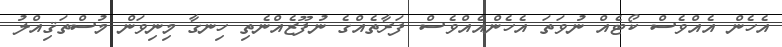
އެހެން އެއްވެސް ކޯޓެއް ނުވަތަ އެހެންއެއްވެސް ފަރާތެއްގެ ނުފޫޒެއްނެތި ހިނގާ މިނިވަން މުސްތަޤިއްލު